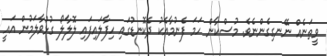
ވީތަނެއް ނޭނގިގެންނެވެ. މުސްކާން ހަމަ ފެނުމާއެކު ދެކޮނޑުގައި ހިފާލައިފައި ލޮލާލޯ ގުޅުވާލަމުން އައީ